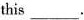
this ___.